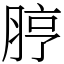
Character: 脝